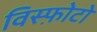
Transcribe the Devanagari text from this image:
विस्फ़ोटो